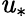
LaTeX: \mathit{u}_{*}